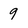
Character: 9